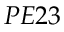
P E 2 3